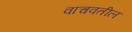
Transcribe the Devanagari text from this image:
वाचवतील